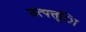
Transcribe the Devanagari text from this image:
उत्पत्त्िा